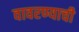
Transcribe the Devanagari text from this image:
वावरण्याची